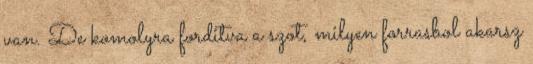
van. De komolyra forditva a szot, milyen forrasbol akarsz